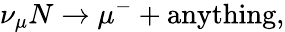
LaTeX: \nu_{\mu}N\rightarrow\mu^{-}+\mathrm{anything},